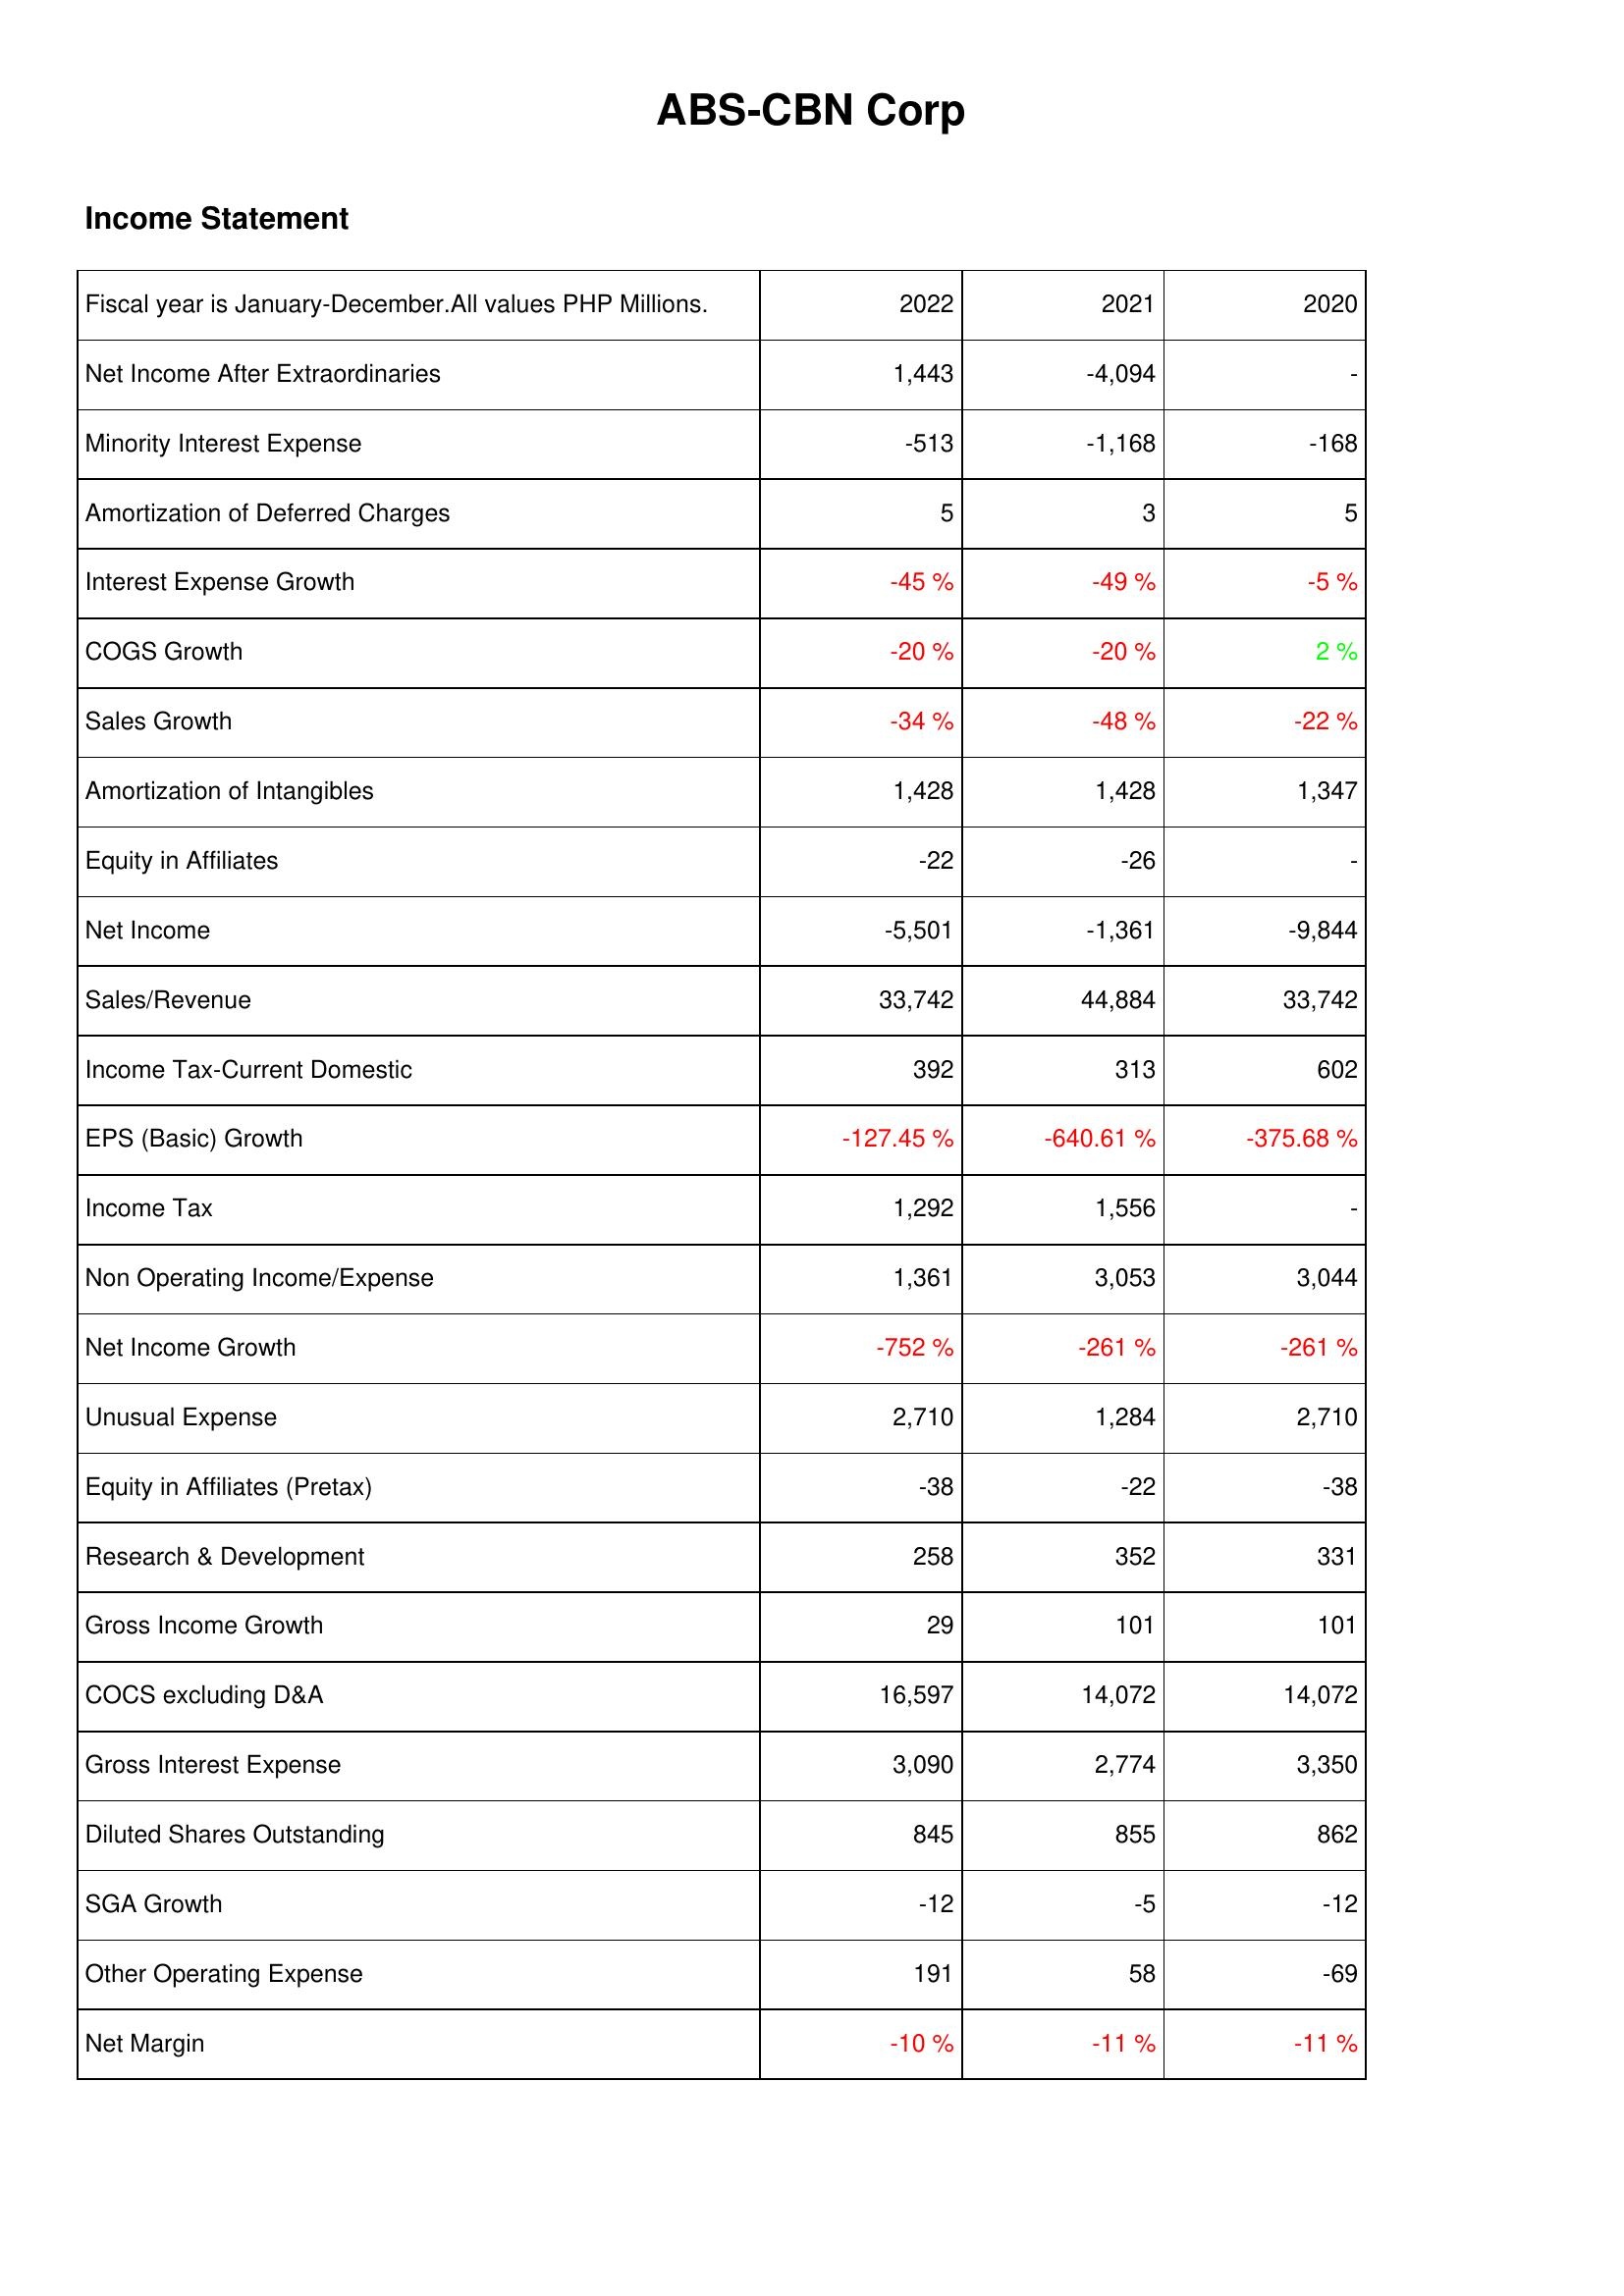
2022: Income Statement: Net Income After Extraordinaries: 1,443
Minority Interest Expense: -513
Amortization of Deferred Charges: 5
Interest Expense Growth: -45 %
COGS Growth: -20 %
Sales Growth: -34 %
Amortization of Intangibles: 1,428
Equity in Affiliates: -22
Net Income: -5,501
Sales/Revenue: 33,742
Income Tax-Current Domestic: 392
EPS (Basic) Growth: -127.45 %
Income Tax: 1,292
Non Operating Income/Expense: 1,361
Net Income Growth: -752 %
Unusual Expense: 2,710
Equity in Affiliates (Pretax): -38
Research & Development: 258
Gross Income Growth: 29
COCS excluding D&A: 16,597
Gross Interest Expense: 3,090
Diluted Shares Outstanding: 845
SGA Growth: -12
Other Operating Expense: 191
Net Margin: -10 %
2021: Income Statement: Net Income After Extraordinaries: -4,094
Minority Interest Expense: -1,168
Amortization of Deferred Charges: 3
Interest Expense Growth: -49 %
COGS Growth: -20 %
Sales Growth: -48 %
Amortization of Intangibles: 1,428
Equity in Affiliates: -26
Net Income: -1,361
Sales/Revenue: 44,884
Income Tax-Current Domestic: 313
EPS (Basic) Growth: -640.61 %
Income Tax: 1,556
Non Operating Income/Expense: 3,053
Net Income Growth: -261 %
Unusual Expense: 1,284
Equity in Affiliates (Pretax): -22
Research & Development: 352
Gross Income Growth: 101
COCS excluding D&A: 14,072
Gross Interest Expense: 2,774
Diluted Shares Outstanding: 855
SGA Growth: -5
Other Operating Expense: 58
Net Margin: -11 %
2020: Income Statement: Net Income After Extraordinaries: -
Minority Interest Expense: -168
Amortization of Deferred Charges: 5
Interest Expense Growth: -5 %
COGS Growth: 2 %
Sales Growth: -22 %
Amortization of Intangibles: 1,347
Equity in Affiliates: -
Net Income: -9,844
Sales/Revenue: 33,742
Income Tax-Current Domestic: 602
EPS (Basic) Growth: -375.68 %
Income Tax: -
Non Operating Income/Expense: 3,044
Net Income Growth: -261 %
Unusual Expense: 2,710
Equity in Affiliates (Pretax): -38
Research & Development: 331
Gross Income Growth: 101
COCS excluding D&A: 14,072
Gross Interest Expense: 3,350
Diluted Shares Outstanding: 862
SGA Growth: -12
Other Operating Expense: -69
Net Margin: -11 %